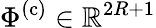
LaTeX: \Phi^{(\mathrm{c})}\in\mathbb{R}^{2R+1}